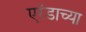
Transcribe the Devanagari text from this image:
एरंडाच्या